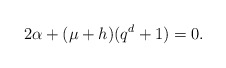
\begin{align*} 2 \alpha + (\mu + h)(q^d + 1) = 0. \end{align*}